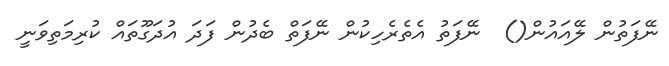
ނޭފަތުން ލޭއައުން()  ނޭފަތު އެތެރެހިކުން ނޭފަތް ބެދުން ފަދަ އުދަގޫތައް ކުރިމަތިވަނީ